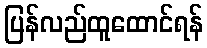
ပြန်လည်ထူထောင်ရန်